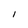
Character: I